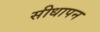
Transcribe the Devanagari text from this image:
सीधापन